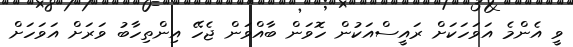
ވީ އެންމެ އަވަހަކަށް ރައީސްއަކުން ހޮވަން ބާއްވަން ޖެހޭ އިންތިހާބު ވަރަށް އަވަހަށް